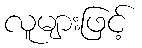
လူများဖြင့်